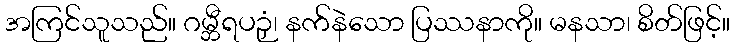
အကြင်သူသည်။ ဂမ္ဘီရပဉှံ၊ နက်နဲသော ပြဿနာကို။ မနသာ၊ စိတ်ဖြင့်။